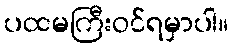
ပထမကြီးဝင်ရမှာပါ။